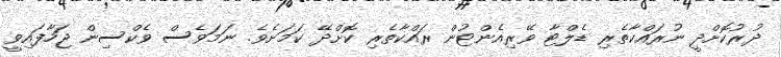
ދުރުކޮށްދީ ނުރައްކާތެރި ޑެލްޓާ ވޭރިއެންޓުން ރައްކާތެރި ކޮށްދޭ ކަމަށެވެ. ނަމަވެސް ވެކްސިން ޖަހާފައިވީ